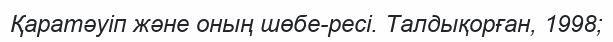
Қаратәуіп және оның шөбе-ресі. Талдықорған, 1998;